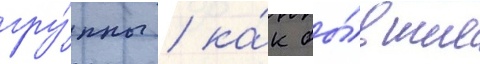
гру́ппы / ка́к бы́вшие